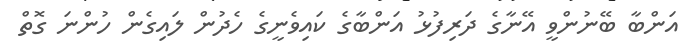
އަންބާ ބޭނުންވީ އޭނާގެ ދަރިފުޅު އަންބާގެ ކައިވެނީގެ ހެދުން ލައިގެން ހުންނަ ގޮތް